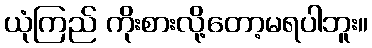
ယုံကြည် ကိုးစားလို့တော့မရပါဘူး။